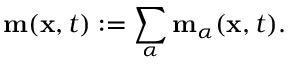
\begin{array} { r } { \mathbf { m } ( \mathbf { x } , t ) : = \displaystyle \sum _ { \alpha } \mathbf { m } _ { \alpha } ( \mathbf { x } , t ) . } \end{array}